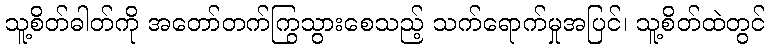
သူ့စိတ်ဓါတ်ကို အတော်တက်ကြွသွားစေသည့် သက်ရောက်မှုအပြင်၊ သူ့စိတ်ထဲတွင်